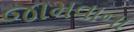
જામવાના